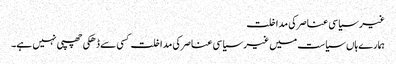
غیر سیاسی عناصر کی مداخلت
ہمارےہاں سیاست میں غیر سیاسی عناصر کی مداخلت کسی سے ڈھکی چھپی نہیں ہے۔